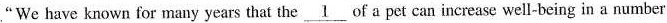
"We have known for many years that the of \underline{1}a pet can increase well-being in a number